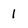
Character: 1